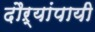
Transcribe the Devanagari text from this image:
दौऱ्यांपायी